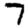
Digit: 7